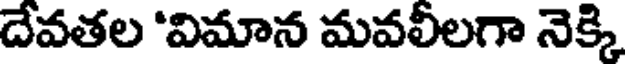
దేవతల 'విమాన మవలీలగా నెక్కి